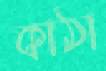
কাঠা